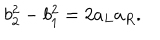
b _ { 2 } ^ { 2 } - b _ { 1 } ^ { 2 } = 2 a _ { L } a _ { R } .